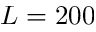
L = 2 0 0